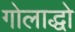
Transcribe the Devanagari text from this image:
गोलाद्धो